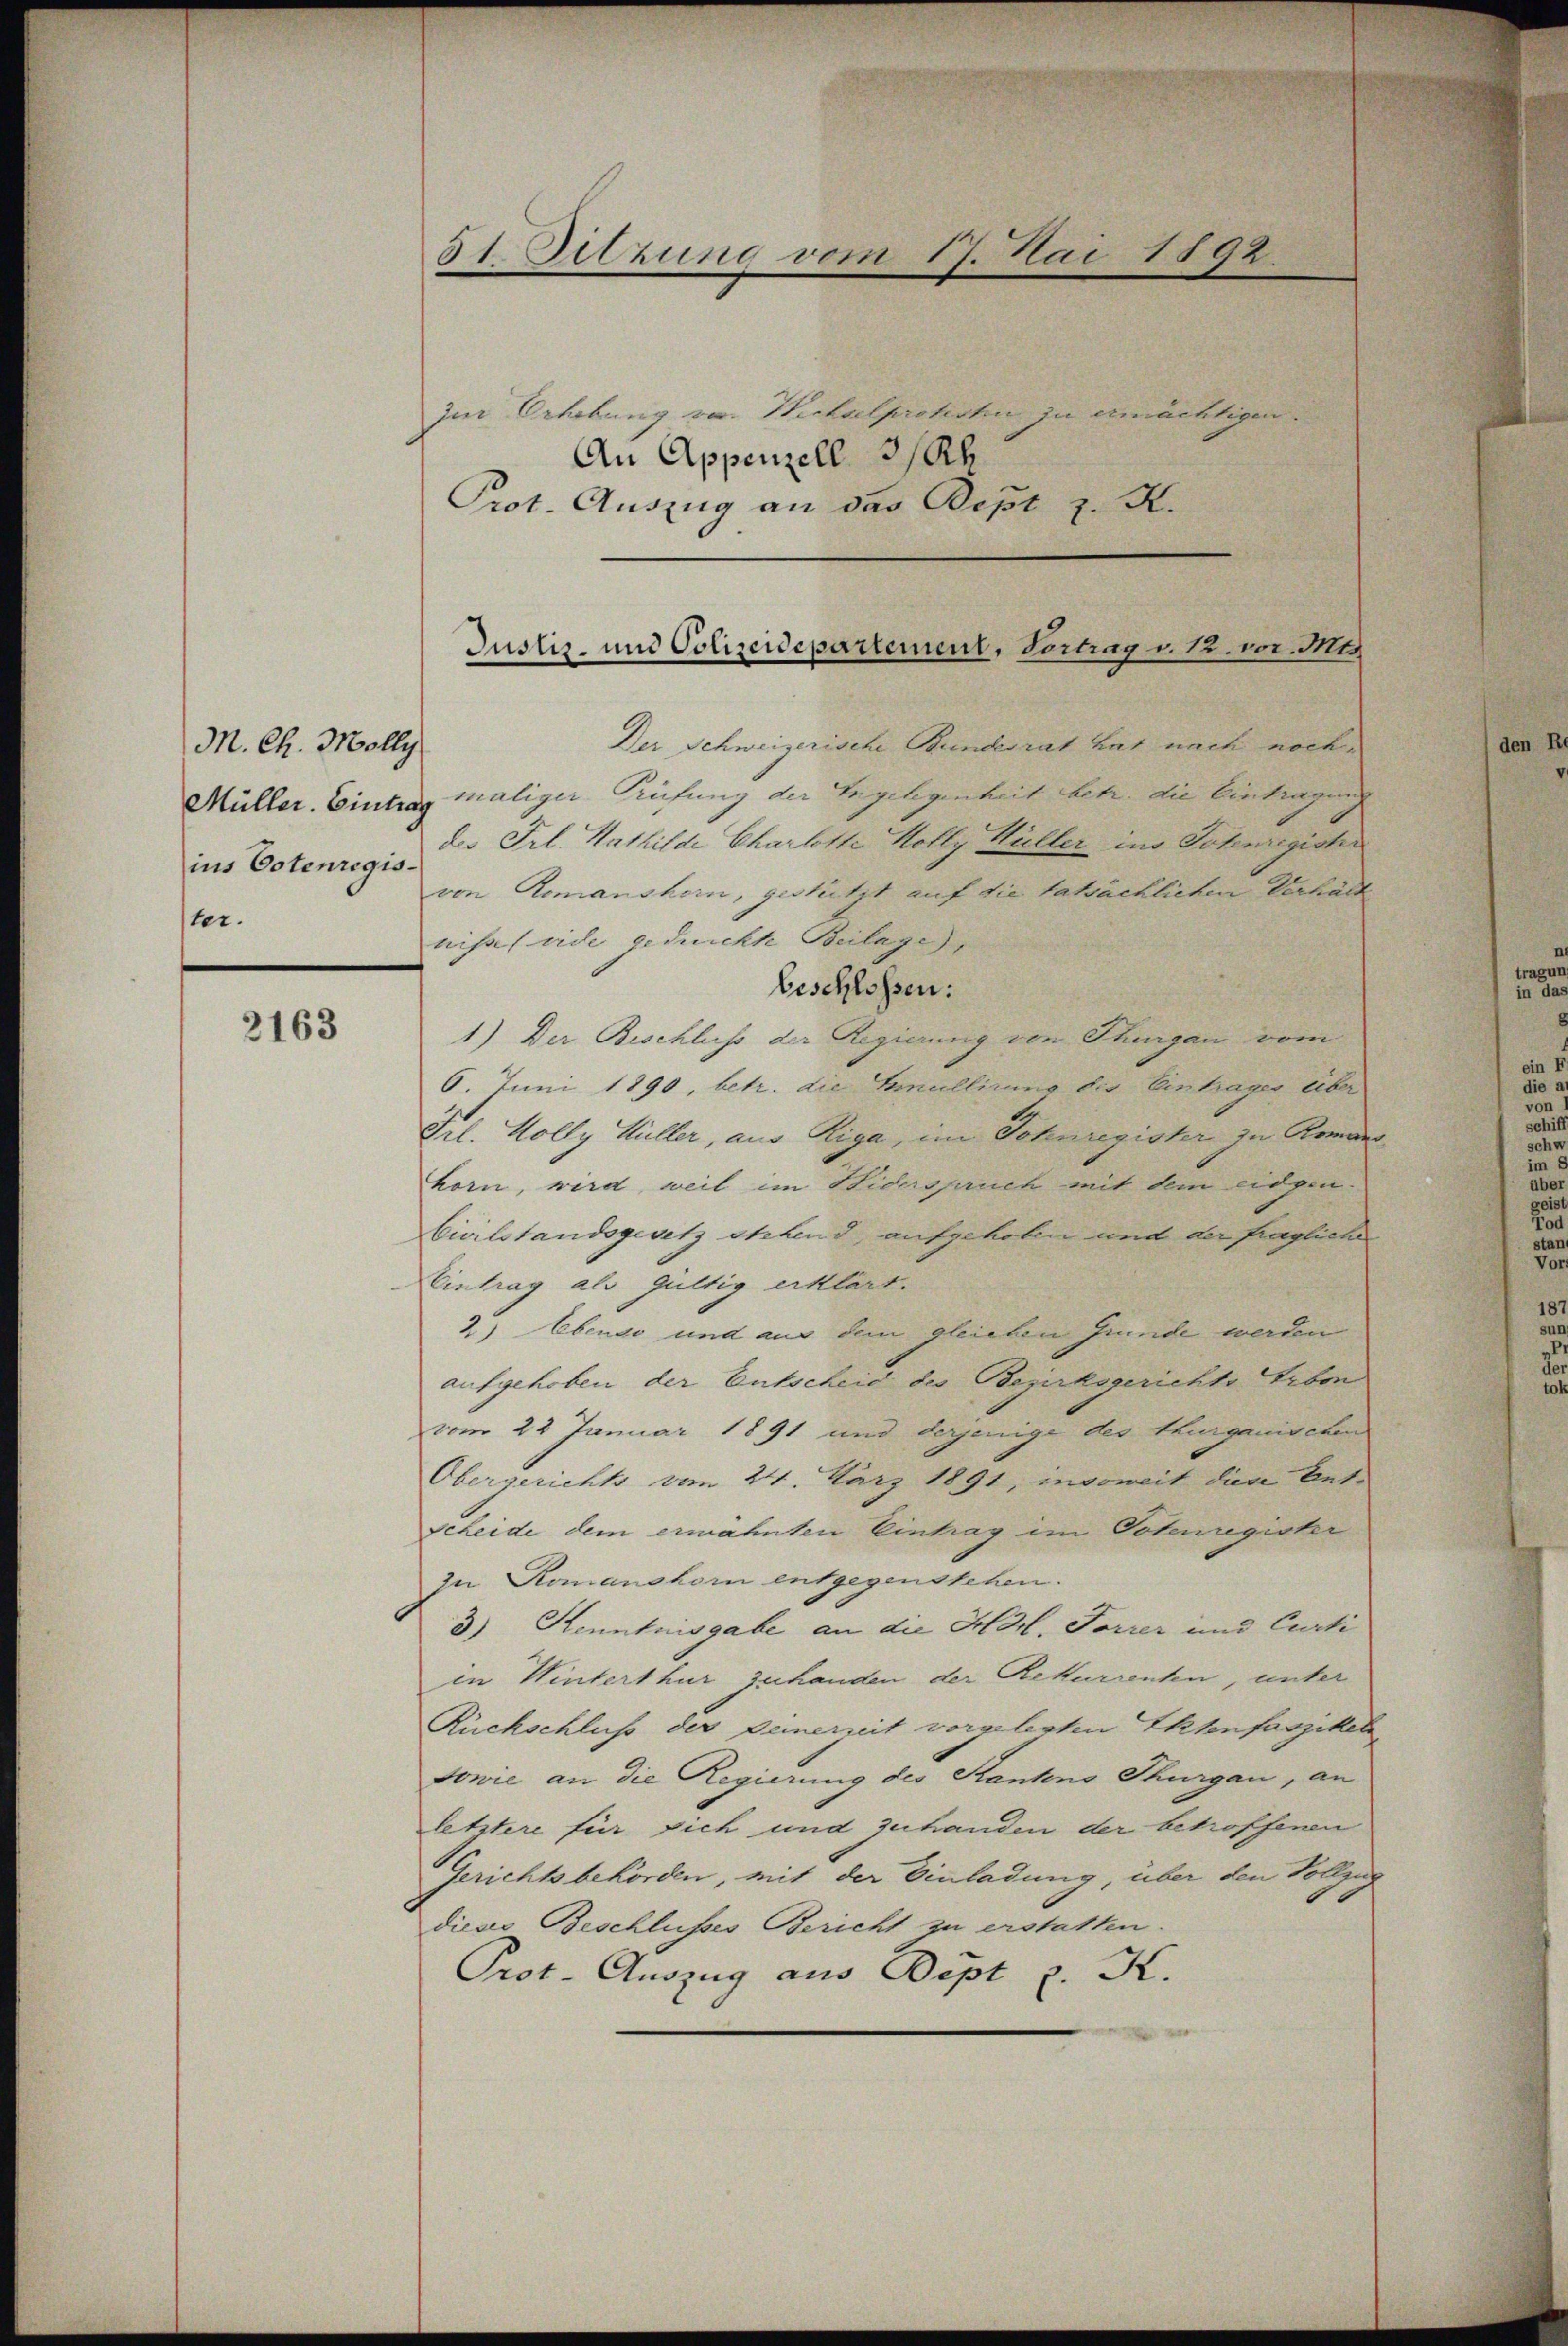
M. Ch. Molly
ins Potenregis-
ter.

2163

Zu Erhebung vor. Wichselprotesten zu ermächtigen.
An Appenzell 3/Rh
Prot. Auszug an das Bept z. K.

5I Sitzung vom 17. Mai 1892.

Justiz- und Polizeidepartement, Vortrag v. 12. vor. Mts

Der Schweizerische Bundesrat hat nach noch
Müller. Eintrag maliger Prüfung der Engelegenheit betr. die Eintragung
de. Frl. Hathilde Charlotte Holly Hüller ins Totenregistr
von Romanshein, gestützt auf die tatsächlichen Verhält
nisse (vide gedruckte Beilage),
beschlossen:
1) Der Beschluss der Regierung von Thurgau vom
6. Juni 1890, betr. die Gmulliums bis Eintrages über¬
Frl. Holly Hüller, aus Riga, im Schuregister zu Romanhorn, wird, weil im Hiderspruch mit dem eidgen.
Civilstandsgesetz stehend, aufgehoben und der fragliche
Eintrag als Gültig erklärt.
2) Ebenso und aus dem gleichen Grunde werden
aufgehoben der Entscheid des Bezirksgerichts Erben
vom 22 Januar 1891 und derjenige des Thurganischen
Obergerichts vom 24. März 1891, insoweit diese Ent-
scheide dem erwähnten Eintrag im Totenregistr
zu Romanshorn entgegenstehen.
3) Kenntnisgabe an die Harl. Forrer und Curti
in Winterthur zu handen der Rekurrenten, unter
Rückschluß der Deinerzeit vorgelegten Ehlenfaszikel
Sowie an die Regierung des Stankno Thurgau, an
letztere für sich und zuhanden der betroffenen
Gerichtsbehörden, mit der Einladung, über den Vollzug
dieses Beschlusses Bericht zu erstatten.
Prot. Auszug aus Bipt v. K.